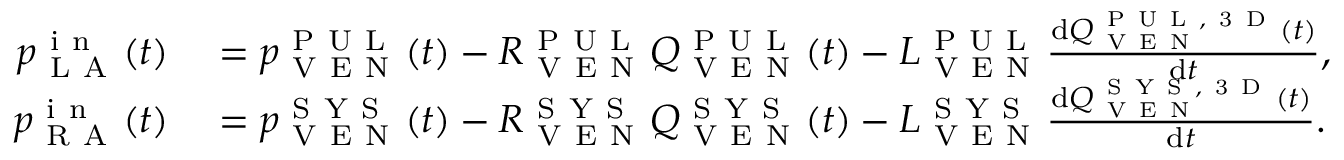
\begin{array} { r l } { p _ { \mathrm { ~ L ~ A ~ } } ^ { \mathrm { ~ i ~ n ~ } } ( t ) } & { { } = p _ { \mathrm { ~ V ~ E ~ N ~ } } ^ { \mathrm { ~ P ~ U ~ L ~ } } ( t ) - R _ { \mathrm { ~ V ~ E ~ N ~ } } ^ { \mathrm { ~ P ~ U ~ L ~ } } Q _ { \mathrm { ~ V ~ E ~ N ~ } } ^ { \mathrm { ~ P ~ U ~ L ~ } } ( t ) - L _ { \mathrm { ~ V ~ E ~ N ~ } } ^ { \mathrm { ~ P ~ U ~ L ~ } } \frac { \mathrm d Q _ { \mathrm { ~ V ~ E ~ N ~ } } ^ { \mathrm { ~ P ~ U ~ L ~ , ~ 3 ~ D ~ } } ( t ) } { \mathrm d t } , } \\ { p _ { \mathrm { ~ R ~ A ~ } } ^ { \mathrm { ~ i ~ n ~ } } ( t ) } & { { } = p _ { \mathrm { ~ V ~ E ~ N ~ } } ^ { \mathrm { ~ S ~ Y ~ S ~ } } ( t ) - R _ { \mathrm { ~ V ~ E ~ N ~ } } ^ { \mathrm { ~ S ~ Y ~ S ~ } } Q _ { \mathrm { ~ V ~ E ~ N ~ } } ^ { \mathrm { ~ S ~ Y ~ S ~ } } ( t ) - L _ { \mathrm { ~ V ~ E ~ N ~ } } ^ { \mathrm { ~ S ~ Y ~ S ~ } } \frac { \mathrm d Q _ { \mathrm { ~ V ~ E ~ N ~ } } ^ { \mathrm { ~ S ~ Y ~ S ~ , ~ 3 ~ D ~ } } ( t ) } { \mathrm d t } . } \end{array}